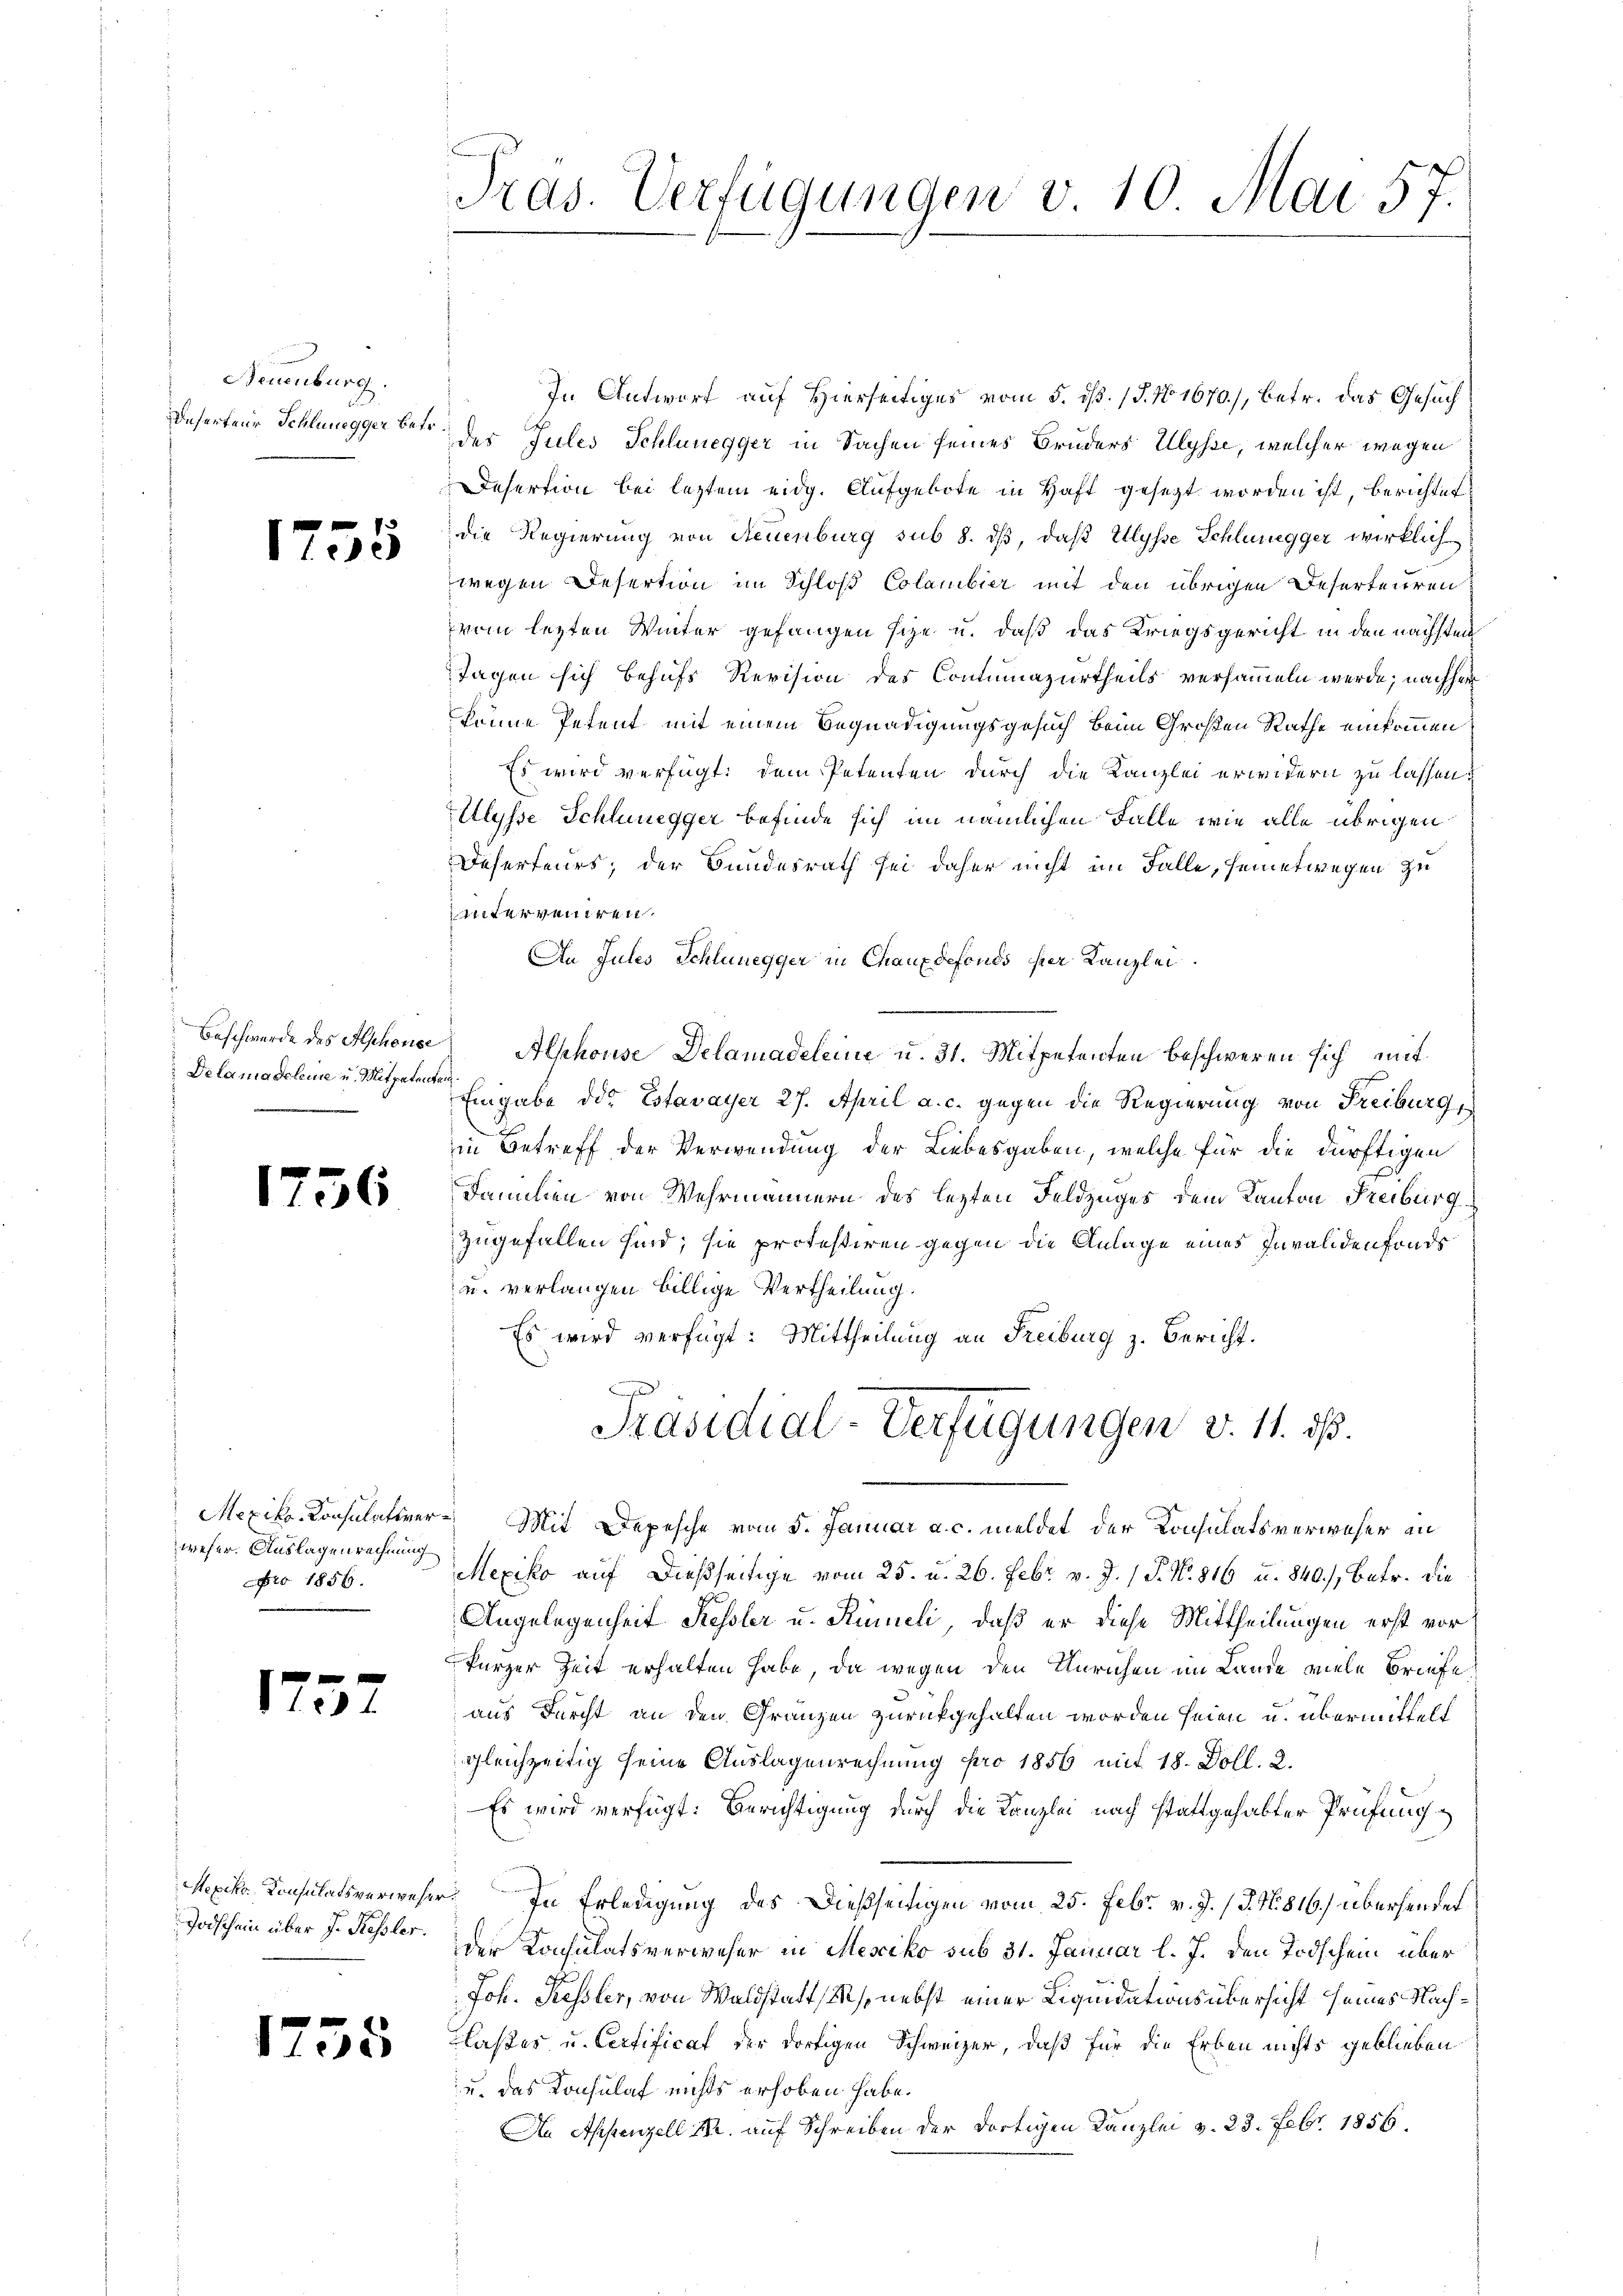
Neuenburg.
Deserteur Schlunegger betr.

fxx
e

Delama deleise u. Mitpetenten
e

1756

weser Auslagen rechnung
Nro 1856.

1

Mexiko Consulatsverwesen
Todschein über J. Kessler.

x
1

Pras. Verfügungen v. 10 Mai 57
1

In Antwort auf Hierseitiges vom 5. ds. 1. No. 1670), betr. das Gesuch
des Jules Schlunegger in Sachen seines Bruders Ulysse, welcher wegen
Desertion bei letztem eidg. Aufgebote in Haft gesezt worden ist, berichtet
die Regierung von Neuenburg sub 8. dβ, daß Illysse Schlunegger wirklich
wegen Desertion im Schloß Colambier mit den übrigen Deserteuren:
vom lezten Winter gefangen sche u. daß das Kriegsgericht in den nächsten
Tagen sich behufs Revision des Contumazurtheils versammeln werde; nachher
kenne Petent mit einem Begnadigungsgesuch beim Großen Rathe einkommen
Es wird verfügt: dem Petenten durch die Kanzlei erwidern zu lassen.
Ulysse Schlunegger befinde sich im nämlichen Falle wie alle übrigen
Deferteurs; der Bundesrath sei daher nicht im Falle, seinetwegen zu
interveniren.
An Jules Schlunegger in Chauxdefonds per Kanzlei
Beschwerde des Alphons Alphouse Delamadeleine u. 31. Mitpetenten beschweren sich mit
Eingabe des Estavayer 27. April a. c. gegen die Regierung von Freiburg,
in Betreff der Verwendung der Liebesgaben, welche für die dürftigen
Familien von Wehrmännern des lezten Feldzuges dem Kanton Freiburg
zugefallen sind; sie protestiren gegen die Anlage eines Invalidenfonds
u. verlangen billige Vertheilung.
Es wird verfügt: Mittheilung an Freiburg z. Bericht.
Präsidial-Verfügungen v. 11. ds.
Mexiko-Konsulativer Mit Depesche vom 5. Januar a. c. meldet der Konsulatsverweser in
Mexiko auf dießseitige vom 25. u. 26. Febr. v. J. 1 S. No. 816 u. 840.) Betr. die
Angelegenheit Kessler u. Rümeli, daß er diese Mittheilungen erst vor
kurzer Zeit erhalten habe, da wegen den Unrichen im Lande viele Briefe
aus durcht an den Gränzen zurückgehalten worden seien u. übermittelt
gleichzeitig seine Auslagenrechnung pro 1856 mit 18. Doll. 2.
Es wird verfügt: Berichtigung durch die Kanzlei nach stattgehabter Prüfung
r. In Erledigung des dießseitigen vom 25. Febr. v. J. J. N. 816. übersendet
der Konsulatsverweser in Mesciko sub 31. Januar l. J. den Todschein über
Joh. Kessler, von Waldstatt M. nebst einer Liquidationsübersicht seines Nach¬
Claßes u. Certificat der dortigen Schweizer, daß für die Erben nichts geblieben
u. das Konsulaf nichts erhoben habe.
An Appenzell M. auf Schreiben der dortigen Kanzlei v. 23. Febr. 1856.